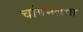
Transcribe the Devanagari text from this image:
चांगभलचा